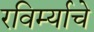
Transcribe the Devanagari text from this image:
रविर्म्याचे